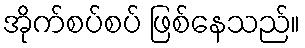
အိုက်စပ်စပ် ဖြစ်နေသည်။